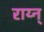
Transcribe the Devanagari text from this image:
राय्न्